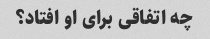
چه اتفاقی برای او افتاد؟